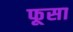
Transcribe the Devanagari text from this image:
फूसा